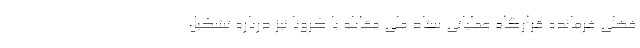
فضلی فرمانده قرارگاه عملیاتی ستاد ملی مقابله با کرونا نیز درباره تشکیل